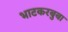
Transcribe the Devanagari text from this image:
भाटकरबुबा